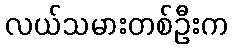
လယ်သမားတစ်ဦးက